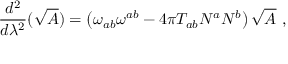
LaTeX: \frac { d ^ { 2 } } { d \lambda ^ { 2 } } ( \sqrt { A } ) = \left( \omega _ { a b } \omega ^ { a b } - 4 \pi T _ { a b } N ^ { a } N ^ { b } \right) \sqrt { A } \ ,